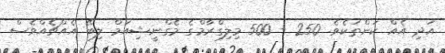
އަދި އެއް ކަންތަކެވެ. 250 - 500 މިލިގްރާމްގެ މެގްނީޝިއަމް ލިބޭ އެއްޗެއްވެސް